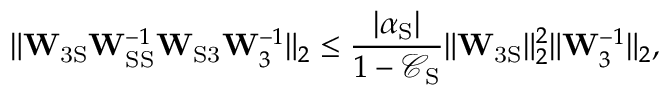
\lVert \mathbf { W } _ { \mathrm { 3 S } } \mathbf { W } _ { \mathrm { S S } } ^ { - 1 } \mathbf { W } _ { \mathrm { S 3 } } \mathbf { W } _ { 3 } ^ { - 1 } \rVert _ { 2 } \leq \frac { | \alpha _ { \mathrm { S } } | } { 1 - \mathcal { C } _ { \mathrm { S } } } \lVert \mathbf { W } _ { \mathrm { 3 S } } \rVert _ { 2 } ^ { 2 } \lVert \mathbf { W } _ { 3 } ^ { - 1 } \rVert _ { 2 } ,